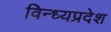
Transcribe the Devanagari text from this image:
विन्ध्यप्रदेश